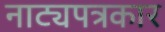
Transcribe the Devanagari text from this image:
नाट्यपत्रकार